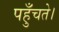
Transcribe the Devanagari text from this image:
पहुँचते।